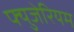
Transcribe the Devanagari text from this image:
फ्युजेरियम